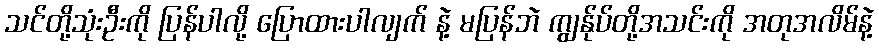
သင်တို့သုံးဦးကို ပြန်ပါလို့ ပြောထားပါလျက် နဲ့ မပြန်ဘဲ ကျွန်ုပ်တို့အသင်းကို အတုအလိမ်နဲ့